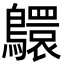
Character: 䴋